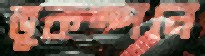
ভূকম্পনে